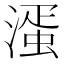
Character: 𣼈